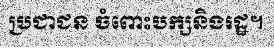
ប្រជាជន ចំពោះបក្សនិងរដ្ឋ។